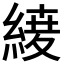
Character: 𮈦